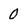
Character: 0